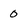
Character: 0